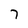
Character: 7